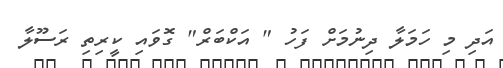
އަދި މި ހަމަލާ ދިނުމަށް ފަހު " އަކްބަރް" ގޮވައި ކީރިތި ރަސޫލާ